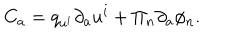
C _ { a } = q _ { u ^ { i } } \partial _ { a } u ^ { i } + \Pi _ { n } \partial _ { a } \phi _ { n } .